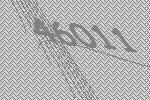
46011